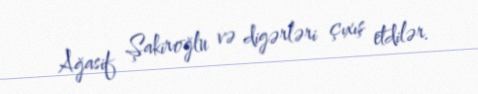
Ağasif Şakiroğlu və digərləri çıxış etdilər.